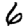
Digit: 6